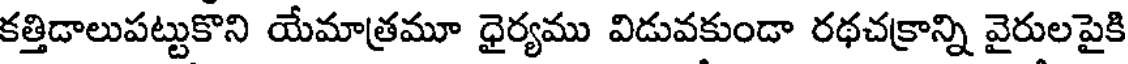
కత్తిడాలుపట్టుకొని యేమాత్రమూ ధైర్యము విడువకుండా రథచక్రాన్ని వైరులపైకి